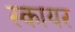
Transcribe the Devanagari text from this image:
स्कायर